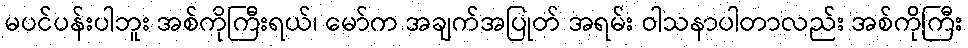
မပင်ပန်းပါဘူး အစ်ကိုကြီးရယ်၊ မော်က အချက်အပြုတ် အရမ်း ဝါသနာပါတာလည်း အစ်ကိုကြီး